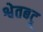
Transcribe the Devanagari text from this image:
श्वेतबटू